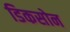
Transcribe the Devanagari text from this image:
डिकसोन